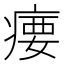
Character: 𪽳